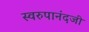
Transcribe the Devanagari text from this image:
स्वरुपानंदजी